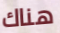
هناك